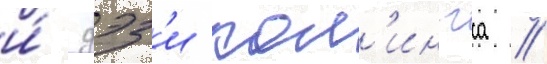
и́ дэз'и кол'ингса //